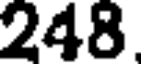
248.